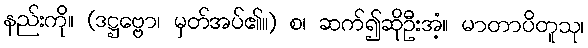
နည်းကို။ (ဒဋ္ဌဗ္ဗော၊ မှတ်အပ်၏။) စ၊ ဆက်၍ဆိုဦးအံ့။ မာတာပိတူသု၊